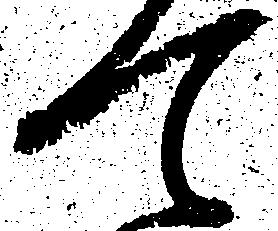
て